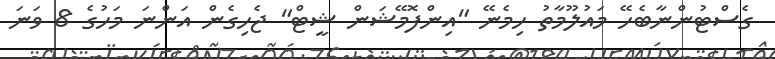
ގެސްޓުންނާބެހޭ މައުލޫމާތު ހިމެނޭ "އިންފޮމޭޝަން ޝީޓް" ޖެހިގެން އަންނަ މަހުގެ 8 ވަނަ